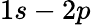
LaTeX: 1s-2p